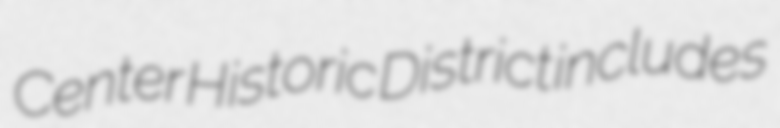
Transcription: Center Historic District includes